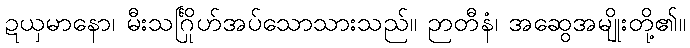
ဍယှမာနော၊ မီးသင်္ဂြိုဟ်အပ်သောသားသည်။ ဉာတီနံ၊ အဆွေအမျိုးတို့၏။